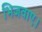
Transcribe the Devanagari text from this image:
भिजवाए।